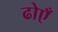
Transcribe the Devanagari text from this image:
ढोएँ